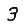
Digit: 3